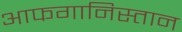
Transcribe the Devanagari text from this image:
आफगानिस्तान